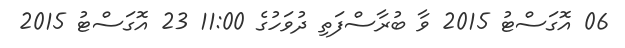
06 އޮގަސްޓު 2015 ވާ ބުރާސްފަތި ދުވަހުގެ 11:00 23 އޮގަސްޓު 2015